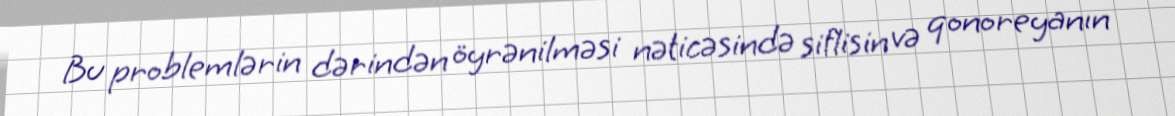
Bu problemlərin dərindən öyrənilməsi nəticəsində siflisin və qonoreyanın